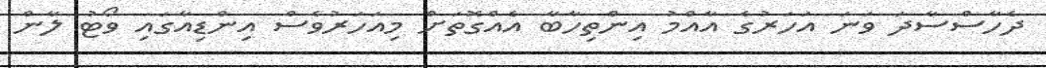
ދެހާސްސާދަ ވަނަ އަހަރުގެ އާއްމު އިންތިހާބާ އެއްގޮތަށް މިއަހަރުވެސް އިންޑިއާގައި ވޯޓު ލާން